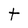
Character: t